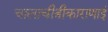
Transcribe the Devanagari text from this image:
चालाचीत्रीकाराणाई